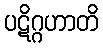
ပဋိဂ္ဂဟာတိ